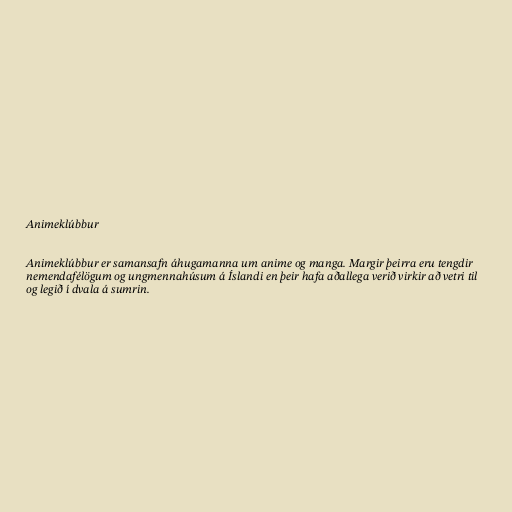
Animeklúbbur

Animeklúbbur er samansafn áhugamanna um anime og manga. Margir þeirra eru tengdir
nemendafélögum og ungmennahúsum á Íslandi en þeir hafa aðallega verið virkir að vetri til
og legið í dvala á sumrin.